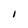
Character: I